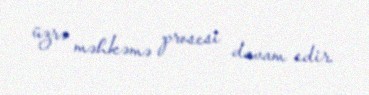
üzrə məhkəmə prosesi davam edir.